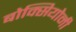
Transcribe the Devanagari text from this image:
बोक्सियोनी